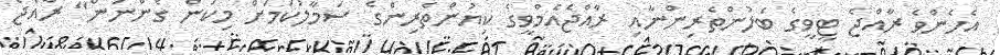
އެހެންވެ ރާއްޖެ ޓީވީގެ ބެލުންތެރިންނާއި ރާއްޖެއެމްވީގެ ކިޔުންތެރިންގެ ސަމާލުކަމަށް މިކަން ގެންނަން" ރާއްޖެ